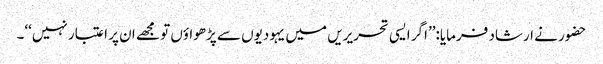
حضور نے ارشاد فرمایا:’’اگر ایسی تحریریں میں یہودیوں سے پڑھواؤں تو مجھے ان پر اعتبار نہیں‘‘۔